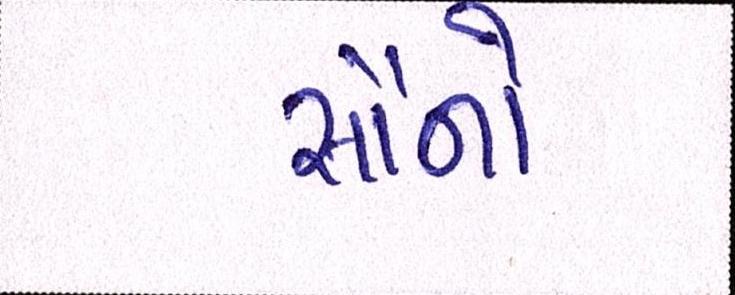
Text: સૌનો